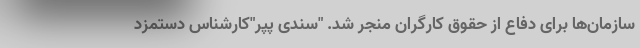
سازمان‌ها برای دفاع از حقوق کارگران منجر شد. "سندی پپر"کارشناس دستمزد